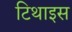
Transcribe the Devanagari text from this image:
टिथाइस